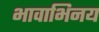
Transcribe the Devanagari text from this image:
भावाभिनय